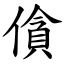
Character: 僋